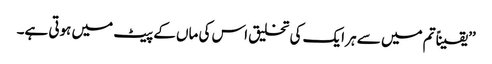
’’یقیناً تم میں سے ہر ایک کی تخلیق اس کی ماں کے پیٹ میں ہوتی ہے۔